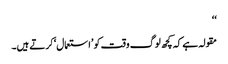
‘‘
مقولہ ہے کہ کچھ لوگ وقت کو ’استعمال‘ کرتے ہیں۔